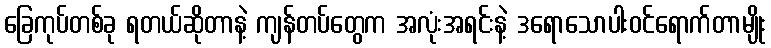
ခြေကုပ်တစ်ခု ရတယ်ဆိုတာနဲ့ ကျန်တပ်တွေက အလုံးအရင်းနဲ့ ဒရောသောပါးဝင်ရောက်တာမျိုး